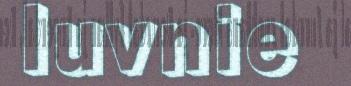
luvnie